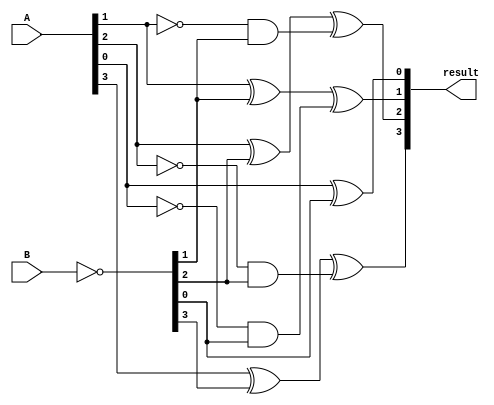
module subtractor(input [3:0] A, input [3:0] B, output reg [3:0] result);

  reg [3:0] C;
 
  assign C = ~B;
  
  always @* begin
    result[0] = A[0] ^ C[0];
    result[1] = A[1] ^ C[1] ^ ~A[0] & C[0];
    result[2] = A[2] ^ C[2] ^ ~A[1] & C[1];
    result[3] = A[3] ^ C[3] ^ ~A[2] & C[2];
  end
  
endmodule